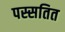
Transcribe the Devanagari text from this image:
पस्सतित